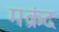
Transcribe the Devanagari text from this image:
मक्रंद